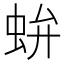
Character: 𧉤